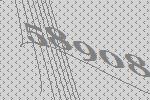
58908